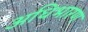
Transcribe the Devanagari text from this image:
अधिभारण